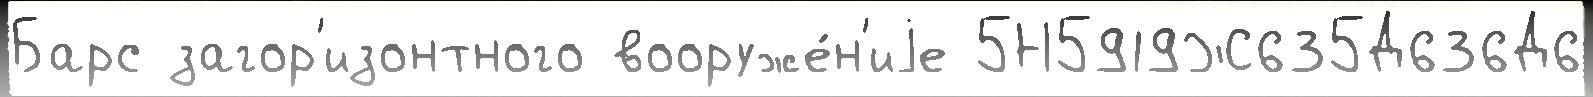
Барс загор'изонтного вооруже́н'иjе 5Н5919Ж635Д636Д6